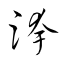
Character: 跨